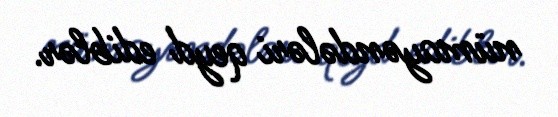
nümayəndələri qeyd ediblər.